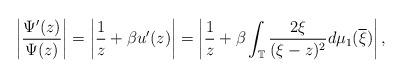
LaTeX: \begin{align*}\left|\frac{\Psi'(z)}{\Psi(z)}\right|=\left|\frac{1}{z}+\beta u'(z)\right|=\left|\frac{1}{z}+\beta\int_{\mathbb{T}}\frac{2\xi}{(\xi-z)^{2}}d\mu_{1}(\overline{\xi})\right|,\end{align*}